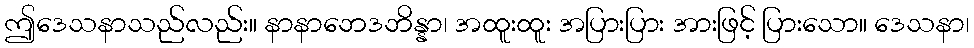
ဤဒေသနာသည်လည်း။ နာနာဘေဒဘိန္နာ၊ အထူးထူး အပြားပြား အားဖြင့် ပြားသော။ ဒေသနာ၊